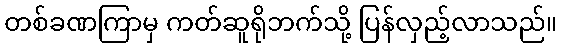
တစ်ခဏကြာမှ ကတ်ဆူရိုဘက်သို့ ပြန်လှည့်လာသည်။